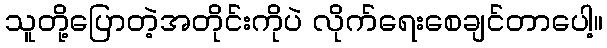
သူတို့ပြောတဲ့အတိုင်းကိုပဲ လိုက်ရေးစေချင်တာပေါ့။